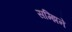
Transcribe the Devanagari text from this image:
सम्झिने